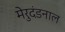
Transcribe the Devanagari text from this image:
मेरुदंडनाल